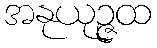
အနုယုဉ္ဇထ